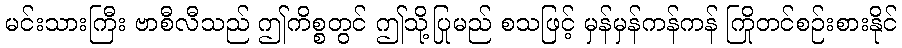
မင်းသားကြီး ဗာစီလီသည် ဤကိစ္စတွင် ဤသို့ပြုမည် စသဖြင့် မှန်မှန်ကန်ကန် ကြိုတင်စဉ်းစားနိုင်